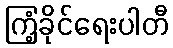
ကြံ့ခိုင်ရေးပါတီ